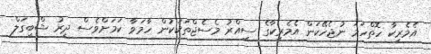
އެމެރިކާ ހޮތްހަމަ ނުޖެހޭކަން އެމެރިކާގެ ސިއްރު މެސެޖްތަކަކުން ހާމަވާ ކަމަށްވެސް ދީރު ޝްބީގަލް